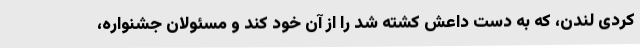
کُردی لندن، که به دست داعش کشته شد را از آن خود کند و مسئولان جشنواره،